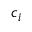
c _ { i }